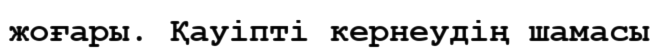
жоғары. Қауіпті кернеудің шамасы